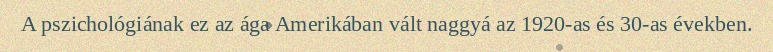
A pszichológiának ez az ága Amerikában vált naggyá az 1920-as és 30-as években.